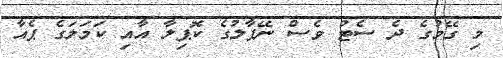
މި ގޭމުގެ ދެ ސެޓު ވެސް ނޭޕާލުގެ ކޮޕިލާ އާއި ކަމަލަގެ ޕެއާ